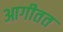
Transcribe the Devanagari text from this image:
आगीतत